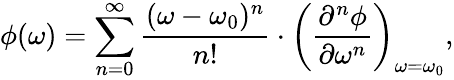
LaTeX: \phi(\omega)=\sum_{n=0}^{\infty}\frac{(\omega-\omega_{0})^{n}}{n!}\cdot\left(\frac{\partial^{n}\phi}{\partial\omega^{n}}\right)_{\omega=\omega_{0}},